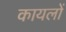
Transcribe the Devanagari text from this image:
कायलों